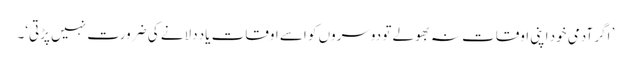
’ اگر آدمی خود اپنی اوقات نہ بھولے تو دوسروں کو اسے اوقات یاد دلانے کی ضرورت نہیں پڑتی‘۔